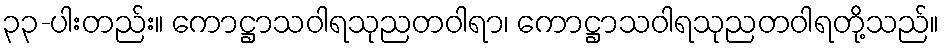
၃၃-ပါးတည်း။ ကောဋ္ဌာသဝါရသုညတဝါရာ၊ ကောဋ္ဌာသဝါရသုညတဝါရတို့သည်။